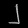
Digit: ၂